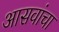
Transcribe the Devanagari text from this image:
आसवांचा